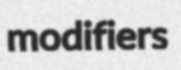
modifiers